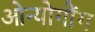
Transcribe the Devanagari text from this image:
ओन्योगोंग